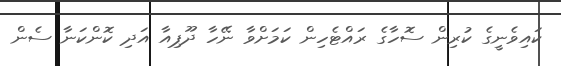
ކައިވެނީގެ ކުރިން ސޮހާގެ ރައްޓެހިން ކަމަށްވާ ނޭހާ ދޫޕިއާ އަދި ކޮންކަނާ ސެން